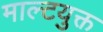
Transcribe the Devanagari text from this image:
माल्टयुक्त